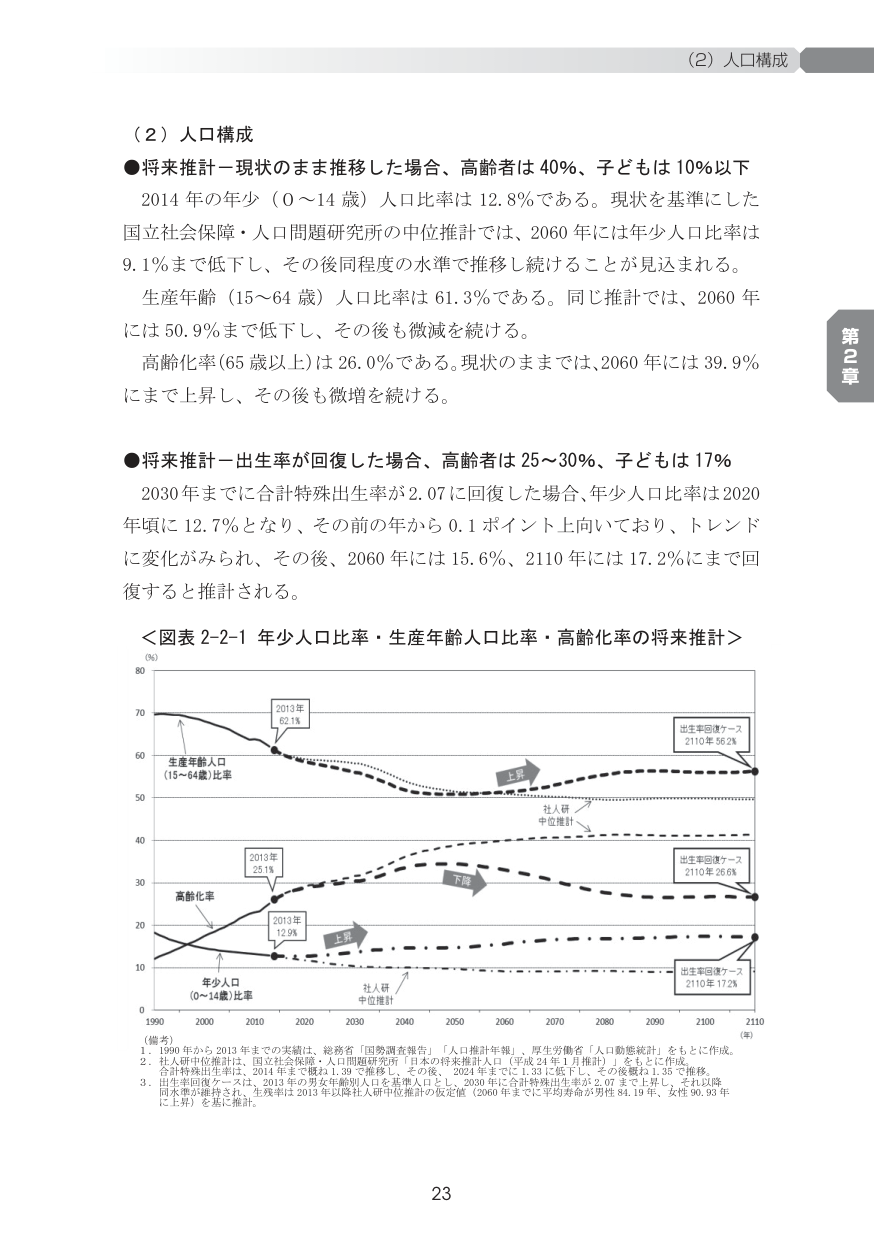
（2）人口構成

●将来推計－現状のまま推移した場合、高齢者は40％、子どもは10％以下
2014年の年少（0～14歳）人口比率は12.8％である。現状を基準にした
国立社会保障・人口問題研究所の中位推計では、2060年には年少人口比率は
9.1％まで低下し、その後同程度の水準で推移し続けることが見込まれる。
生産年齢（15～64歳）人口比率は61.3％である。同じ推計では、2060年
には50.9％まで低下し、その後も微減を続ける。
高齢化率（65歳以上）は26.0％である。現状のままでは、2060年には39.9％
にまで上昇し、その後も微増を続ける。

●将来推計－出生率が回復した場合、高齢者は25～30％、子どもは17％
2030年までに合計特殊出生率が2.07に回復した場合、年少人口比率は2020
年頃に12.7％となり、その前の年から0.1ポイント上向いており、トレンド
に変化がみられ、その後、2060年には15.6％、2110年には17.2％にまで回
復すると推計される。

＜図表2-2-1 年少人口比率・生産年齢人口比率・高齢化率の将来推計＞
（％）
80
70
60
50
40
30
20
10
0
1990 2000 2010 2020 2030 2040 2050 2060 2070 2080 2090 2100 2110 （年）
生産年齢人口
（15～64歳）比率
高齢化率
年少人口
（0～14歳）比率
2013年
62.1％
2013年
25.1％
2013年
12.9％
出生率回復ケース
2110年 56.2％
出生率回復ケース
2110年 26.6％
出生率回復ケース
2110年 17.2％
上昇
下降
上昇
社人研
中位推計
社人研
中位推計

（備考）
1. 1990年から2013年までの実績は、総務省「国勢調査報告」「人口推計年報」、厚生労働省「人口動態統計」をもとに作成。
2. 社人研中位推計は、国立社会保障・人口問題研究所「日本の将来推計人口（平成24年1月推計）」をもとに作成。
合計特殊出生率は、2014年まで概ね1.39で推移し、その後、2021年までに1.33に低下し、その後概ね1.35で推移。
3. 出生率回復ケースは、2013年の男女年齢別人口を基準人口とし、2030年に合計特殊出生率が2.07まで上昇し、それ以降
同水準が維持され、生涯率は2013年以降社人研中位推計の仮定値（2060年までに平均寿命が男性84.19年、女性90.93年
に上昇）を基に推計。

第2章
23